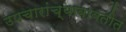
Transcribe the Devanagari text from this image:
उपचारांच्याबाबतीत